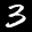
Label: 3